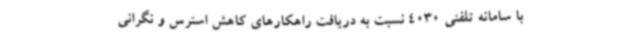
با سامانه تلفنی 4030 نسبت به دریافت راهکارهای کاهش استرس و نگرانی